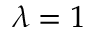
\lambda = 1